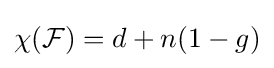
\chi ({\mathcal {F}})=d+n(1-g)